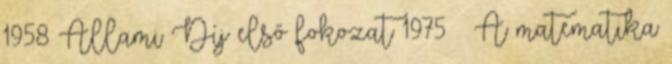
1958 Állami Díj első fokozat 1975 – A matematika